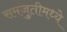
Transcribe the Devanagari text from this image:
समजुतीमध्ये